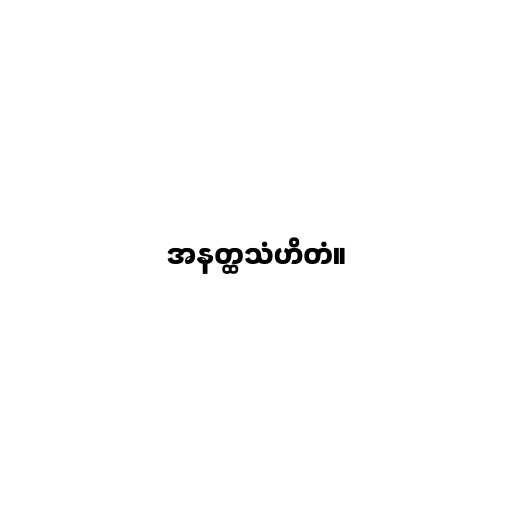
အနတ္ထသံဟိတံ။